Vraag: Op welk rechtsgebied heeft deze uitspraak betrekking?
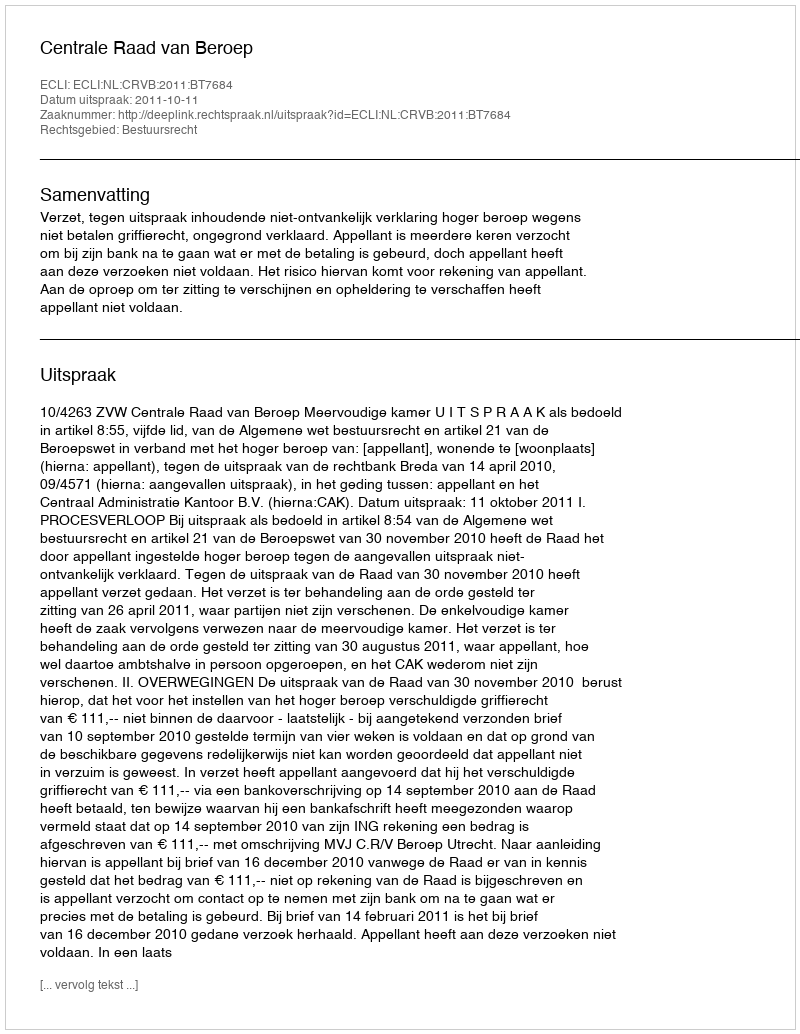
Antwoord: Bestuursrecht